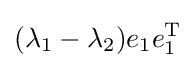
(\lambda _{1}-\lambda _{2})e_{1}e_{1}^{\text{T}}